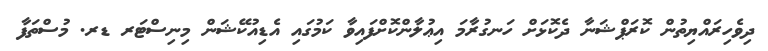
ދިވެހިރައްޔިތުން ކޮރަޕްޝަނާ ދެކޮޅަށް ހަނގުރާމަ އިޢުލާންކޮށްފައިވާ ކަމުގައި އެޑިއުކޭޝަން މިނިސްޓަރ ޑރ. މުސްތަފާ